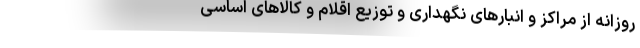
روزانه از مراکز و انبارهای نگهداری و توزیع اقلام و کالاهای اساسی